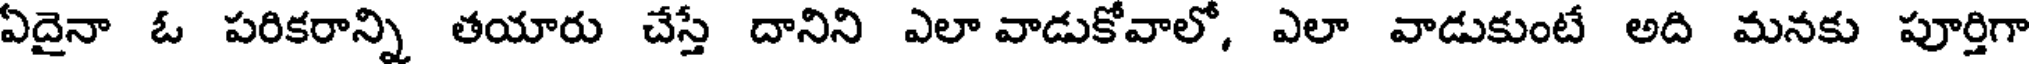
ఏదైనా ఓ పరికరాన్ని తయారు చేస్తే దానిని ఎలా వాడుకోవాలో, ఎలా వాడుకుంటే అది మనకు పూర్తిగా